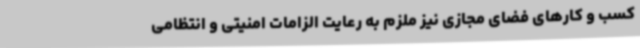
کسب و کارهای فضای مجازی نیز ملزم به رعایت الزامات امنیتی و انتظامی